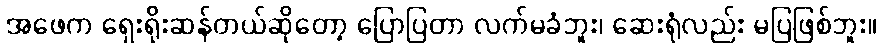
အဖေက ရှေးရိုးဆန်တယ်ဆိုတော့ ပြောပြတာ လက်မခံဘူး၊ ဆေးရုံလည်း မပြဖြစ်ဘူး။